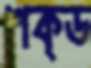
শক্ড